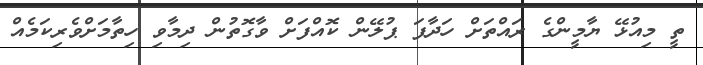
ތީ މިއުޅޭ ޔާމީންގެ ރައްތަށް ހަދާފަ ޕުލޭން ކޮއްފަށް ވާގޮތުން ދިމާވި ހިތާމަށްވެރިކަމެއް